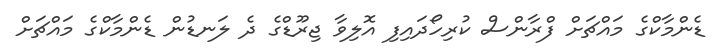
ޑެންމާކްގެ މައްޗަށް ފްރާންސް ކުރިހޯދައިފި އޮލިވާ ޖިރޫޑްގެ ދެ ލަނޑުން ޑެންމާކްގެ މައްޗަށް